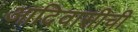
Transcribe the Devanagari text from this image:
आदिवासीची